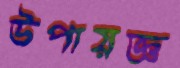
উপায়জ্ঞ